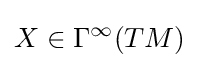
X\in \Gamma ^{\infty }(TM)